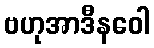
ဗဟုအာဒီနဝေါ